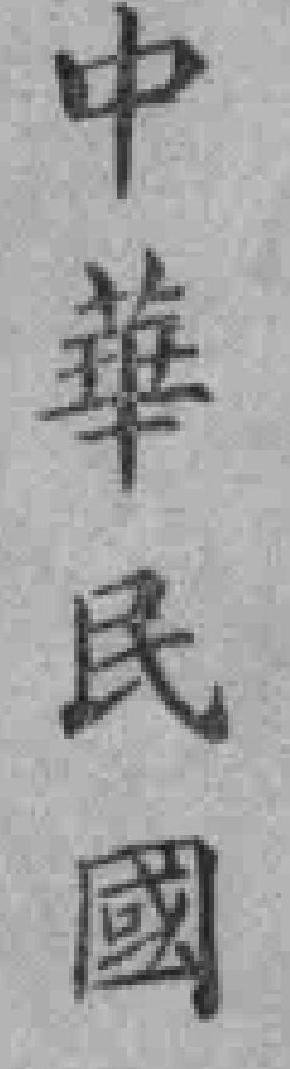
中華民國